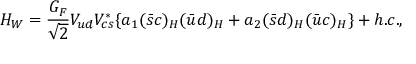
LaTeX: H _ { W } = \frac { G _ { F } } { \sqrt 2 } V _ { u d } V _ { c s } ^ { * } \{ a _ { 1 } ( \bar { s } c ) _ { H } ( \bar { u } d ) _ { H } + a _ { 2 } ( \bar { s } d ) _ { H } ( \bar { u } c ) _ { H } \} + h . c . ,